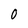
Character: 0